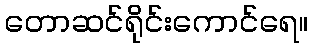
တောဆင်ရိုင်းကောင်ရေ။